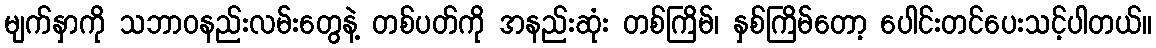
မျက်နှာကို သဘာဝနည်းလမ်းတွေနဲ့ တစ်ပတ်ကို အနည်းဆုံး တစ်ကြိမ်၊ နှစ်ကြိမ်တော့ ပေါင်းတင်ပေးသင့်ပါတယ်။